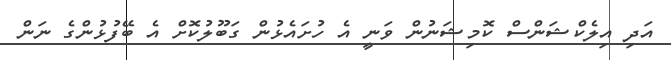
އަދި އިލެކްޝަންސް ކޮމިޝަނުން ވަނީ އެ ހުށައެޅުން ގަބޫލުކޮށް އެ ބޭފުޅުންގެ ނަން